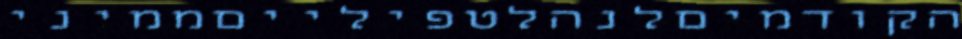
הקודמיםלנהלטפילייםממיני